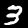
Digit: 3